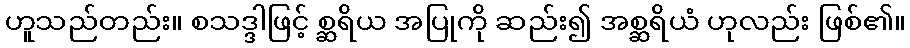
ဟူသည်တည်း။ စသဒ္ဒါဖြင့် စ္ဆရိယ အပြုကို ဆည်း၍ အစ္ဆရိယံ ဟုလည်း ဖြစ်၏။